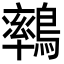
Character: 𪅄